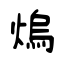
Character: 熓